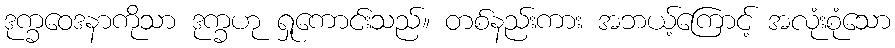
ဒုက္ခဝေဒနာကိုသာ ဒုက္ခဟု ရှုကောင်းသည်။ တစ်နည်းကား အဘယ့်ကြောင့် အလုံးစုံသော